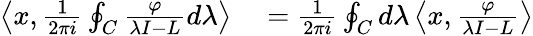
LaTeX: \begin{array}{rl}{\left\langle x,{\frac{1}{2\pi i}}\oint_{C}{\frac{\varphi}{\lambda I-L}}d\lambda\right\rangle}&{{}={\frac{1}{2\pi i}}\oint_{C}d\lambda\left\langle x,{\frac{\varphi}{\lambda I-L}}\right\rangle}\end{array}